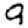
Digit: 9